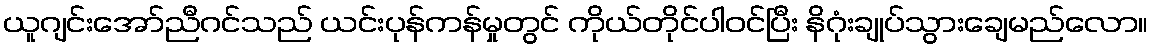
ယူဂျင်းအော်ညီဂင်သည် ယင်းပုန်ကန်မှုတွင် ကိုယ်တိုင်ပါဝင်ပြီး နိဂုံးချုပ်သွားချေမည်လော။